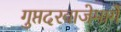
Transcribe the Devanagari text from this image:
गुप्तदरवाजेमार्गे